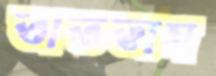
তাততাম